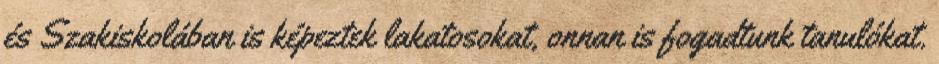
és Szakiskolában is képeztek lakatosokat, onnan is fogadtunk tanulókat.